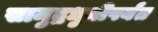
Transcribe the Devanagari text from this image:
सामुद्रधुनीपर्यंत